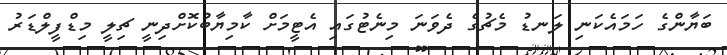
ބަޔާންގެ ހަމައެކަނި ލަނޑު މެޗުގެ ދެވަނަ މިނެޓުގައި އެޓީމަށް ކާމިޔާބުކޮށްދިނީ ޗިލީ މިޑްފީލްޑަރު